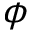
\phi